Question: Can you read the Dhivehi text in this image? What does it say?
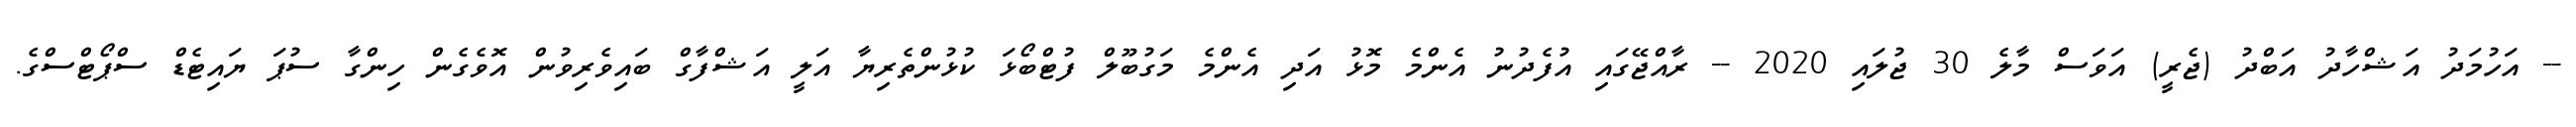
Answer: -- އަހުމަދު އަޝްހާދު އަބްދު (ޖެރީ) އަވަސް މާލެ 30 ޖުލައި 2020 -- ރާއްޖޭގައި އުފެދުނު އެންމެ މޮޅު އަދި އެންމެ މަގުބޫލް ފުޓްބޯޅަ ކުޅުންތެރިޔާ އަލީ އަޝްފާގް ބައިވެރިވުން އޮވެގެން ހިންގާ ސުޕަ ޔައިޓެޑް ސްޕޯޓްސްގެ.